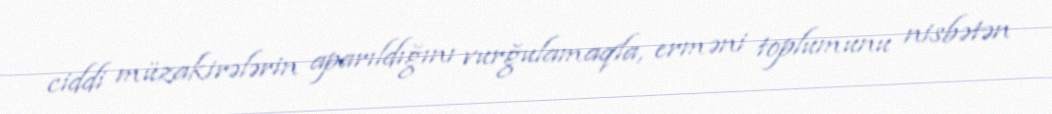
ciddi müzakirələrin aparıldığını vurğulamaqla, erməni toplumunu nisbətən